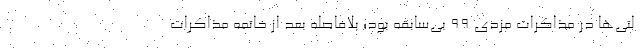
لتی‌ها در مذاکرات مزدی ۹۹ بی‌سابقه بود؛ بلافاصله بعد از خاتمه مذاکرات